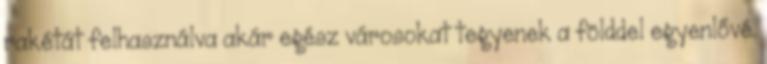
rakétát felhasználva akár egész városokat tegyenek a földdel egyenlővé.